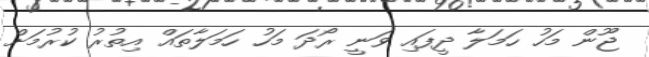
ޖޫން މަހު ހަމަލާ ދީފައި ވަނީ ރޯދަ މަހު ހަމަލާތައް އިތުރު ކުރުމަށް